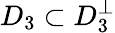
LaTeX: D_{3}\subset D_{3}^{\bot}